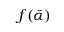
f ( \bar { \alpha } )